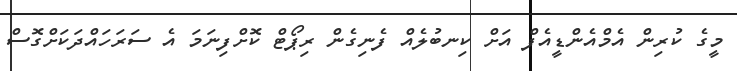
މީގެ ކުރިން އެމްއެންޑީއެފް އަށް ކިނބުލެއް ފެނިގެން ރިޕޯޓް ކޮށްފިނަމަ އެ ސަރަހައްދަކަށްގޮސް